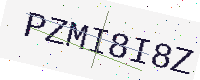
Text: PZMI8I8Z